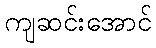
ကျဆင်းအောင်